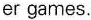
er games.